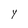
Character: Y